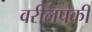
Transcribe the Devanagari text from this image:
वरीलपकी